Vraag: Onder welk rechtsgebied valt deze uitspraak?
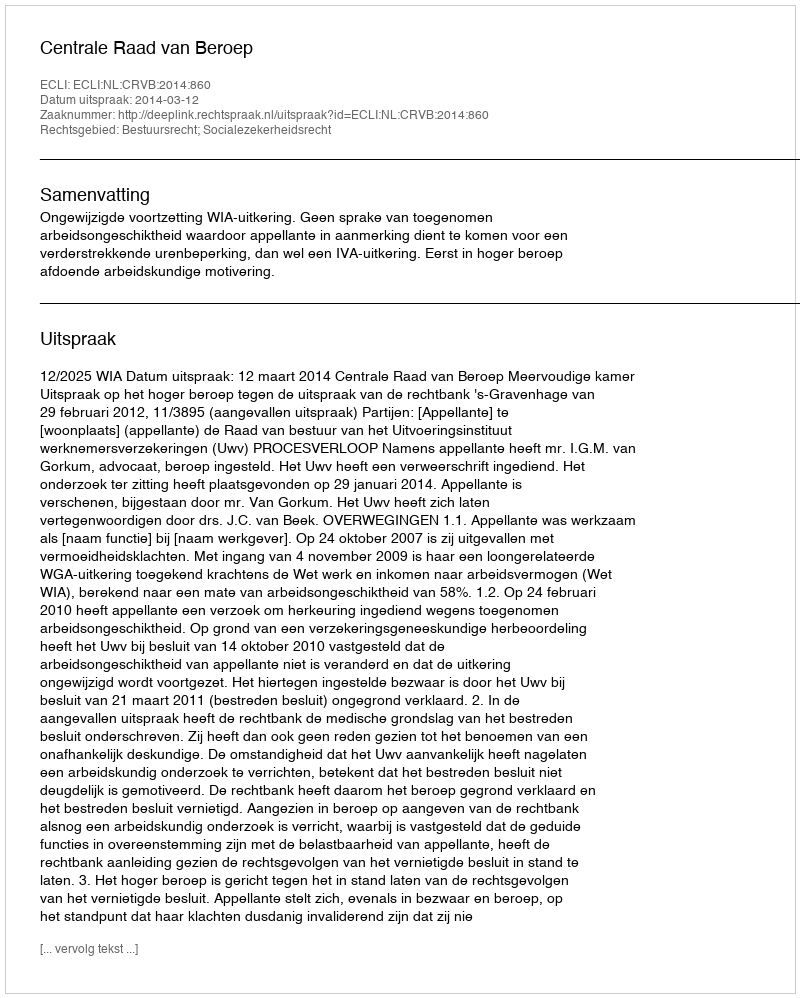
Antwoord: Bestuursrecht; Socialezekerheidsrecht